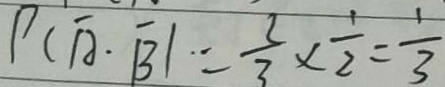
P ( \overline { A } \cdot \overline { B } ) = \frac { 2 } { 3 } \times \frac { 1 } { 2 } = \frac { 1 } { 3 }